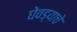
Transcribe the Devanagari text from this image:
घेवड्याचे